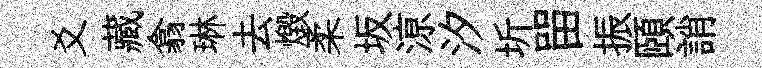
爻藏翕琳去燬柔坂鿌汐圻㽞振頤誚